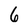
Character: 6